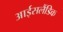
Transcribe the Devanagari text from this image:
आईसलैंडिक